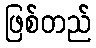
ဖြစ်တည်